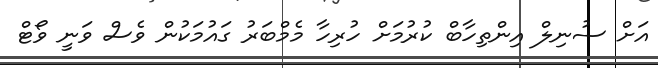
އަށް ސުނިލް އިންތިހާބް ކުރުމަށް ހުރިހާ މެމްބަރު ގައުމަކުން ވެސް ވަނީ ވޯޓް